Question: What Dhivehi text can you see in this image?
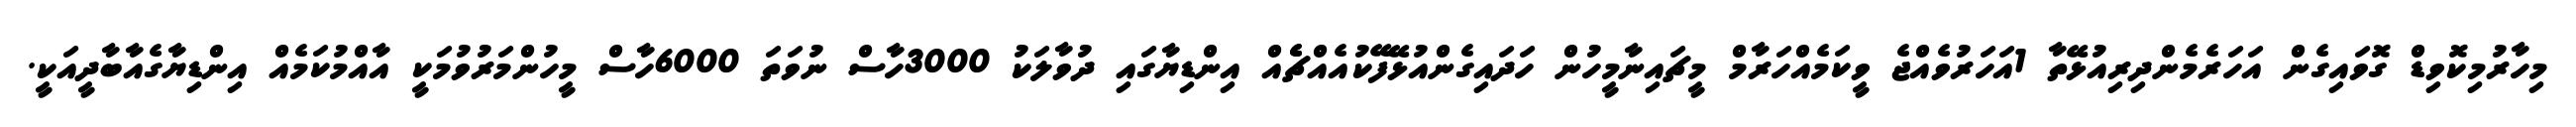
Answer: މިހާރުމިކޮވިޑް ގޮވައިގެން އަހަރެމެންދިރިއުޅޭތާ 1އަހަރުވެއްޖެ ވީކަމެއްހަރާމް މީޗައިނާމީހުން ހަދައިގެންއުޅޭފޭކުއެއްޗެެއް އިންޑިޔާގައި ދުވާލަކު 3000ހާސް ނުވަތަ 6000ހާސް މީހުންމަރުވުމަކީ އާއްމުކަމެއް އިންޑިޔާގެއާބާދީއަކީ.